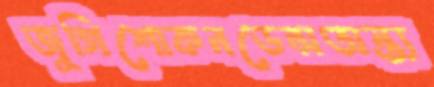
জুগিশোকনডেন্সঅন্ত্য